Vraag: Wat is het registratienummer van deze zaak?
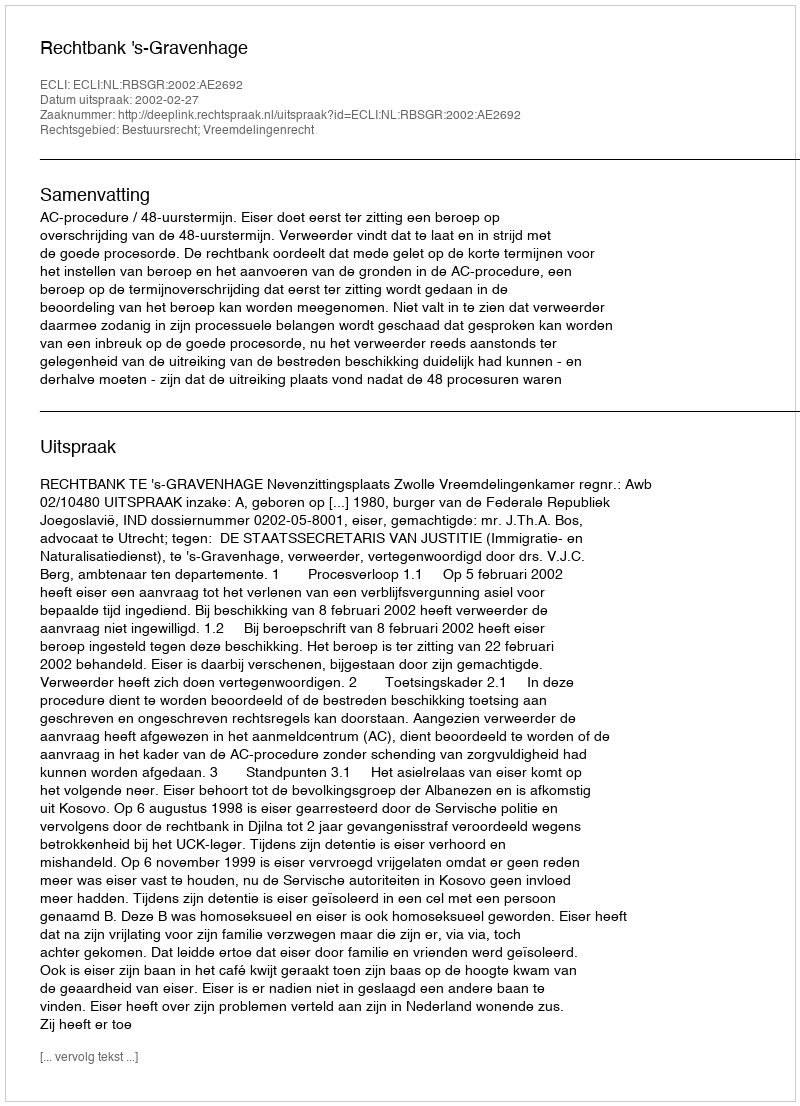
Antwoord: http://deeplink.rechtspraak.nl/uitspraak?id=ECLI:NL:RBSGR:2002:AE2692